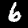
Label: 6